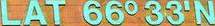
LAT 66o 33'N